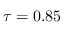
\tau = 0 . 8 5